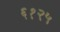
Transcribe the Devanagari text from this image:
६१२५